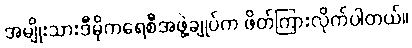
အမျိုးသားဒီမိုကရေစီအဖွဲ့ချုပ်က ဖိတ်ကြားလိုက်ပါတယ်။